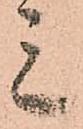
三